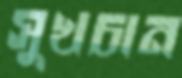
সুখচান